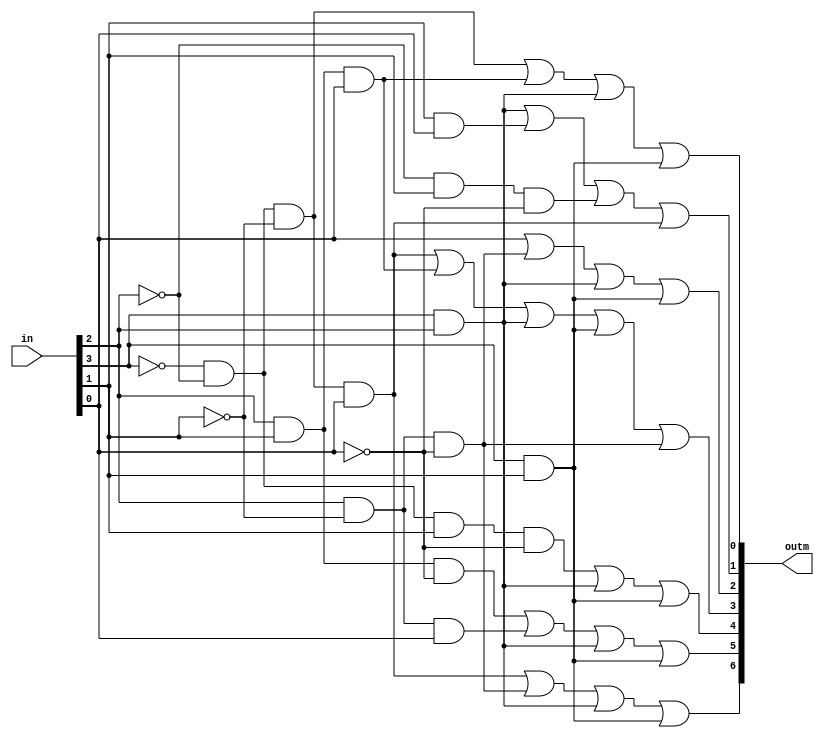
module LED_Logic_Block(in,outm);
	
	input [3:0] in;
	output [6:0] outm;
	
	wire [6:0]outm;
	reg a,b,c,d,e,f,g;
	reg w,x,y,z;
	
	always @ (in) begin
		w <= in[3];
		x <= in[2];
		y <= in[1];
		z <= in[0];
	end
	
	
	always @(w,x,y,z)
	begin
		a = ~w&~x&~y&z || x&~y&~z || w&x || w&y;
		b = x&y&~z || x&~y&z || w&x || w&y;
		c = ~w&~x&y&~z || w&x || w&y;
		d = ~w&~x&~y&z || x&y&z || w&x || w&y || x&~y&~z;
		e = z || x&~y&~z || w&x || w&y;
		f = w&x || y&z || ~x&y&~z || ~w&~x&~y&z;
		g = ~w&~x&~y || x&y&z || w&x || w&y;
	end
	assign outm = {a,b,c,d,e,f,g};

endmodule